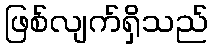
ဖြစ်လျက်ရှိသည်